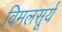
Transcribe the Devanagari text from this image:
विमलसूर्य